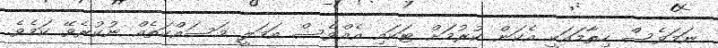
ނަމަވެސް ހިތާމައަކީ އެކަން ކުރުމަށް ޓަކައި އެއްވެސް އަމަލީ މަސައްކަތެއް ނުކުރެވޭ ކަމެވެ.